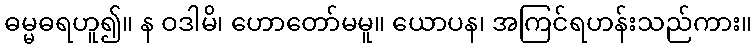
ဓမ္မဓရဟူ၍။ န ဝဒါမိ၊ ဟောတော်မမူ။ ယောပန၊ အကြင်ရဟန်းသည်ကား။